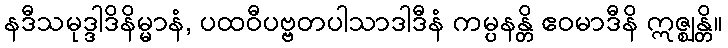
နဒီသမုဒ္ဒါဒိနိမ္မာနံ, ပထဝီပဗ္ဗတပါသာဒါဒီနံ ကမ္ပနန္တိ ဧဝမာဒီနိ ဣဇ္ဈန္တိ။